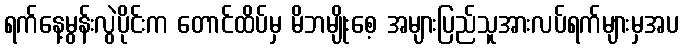
ရက်နေ့မွန်းလွဲပိုင်းက တောင်ထိပ်မှ မိဘမျိုးစေ့ အများပြည်သူအားလပ်ရက်များမှအပ